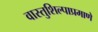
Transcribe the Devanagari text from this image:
वास्तुशिल्पाप्रमाणे